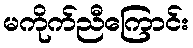
မကိုက်ညီကြောင်း